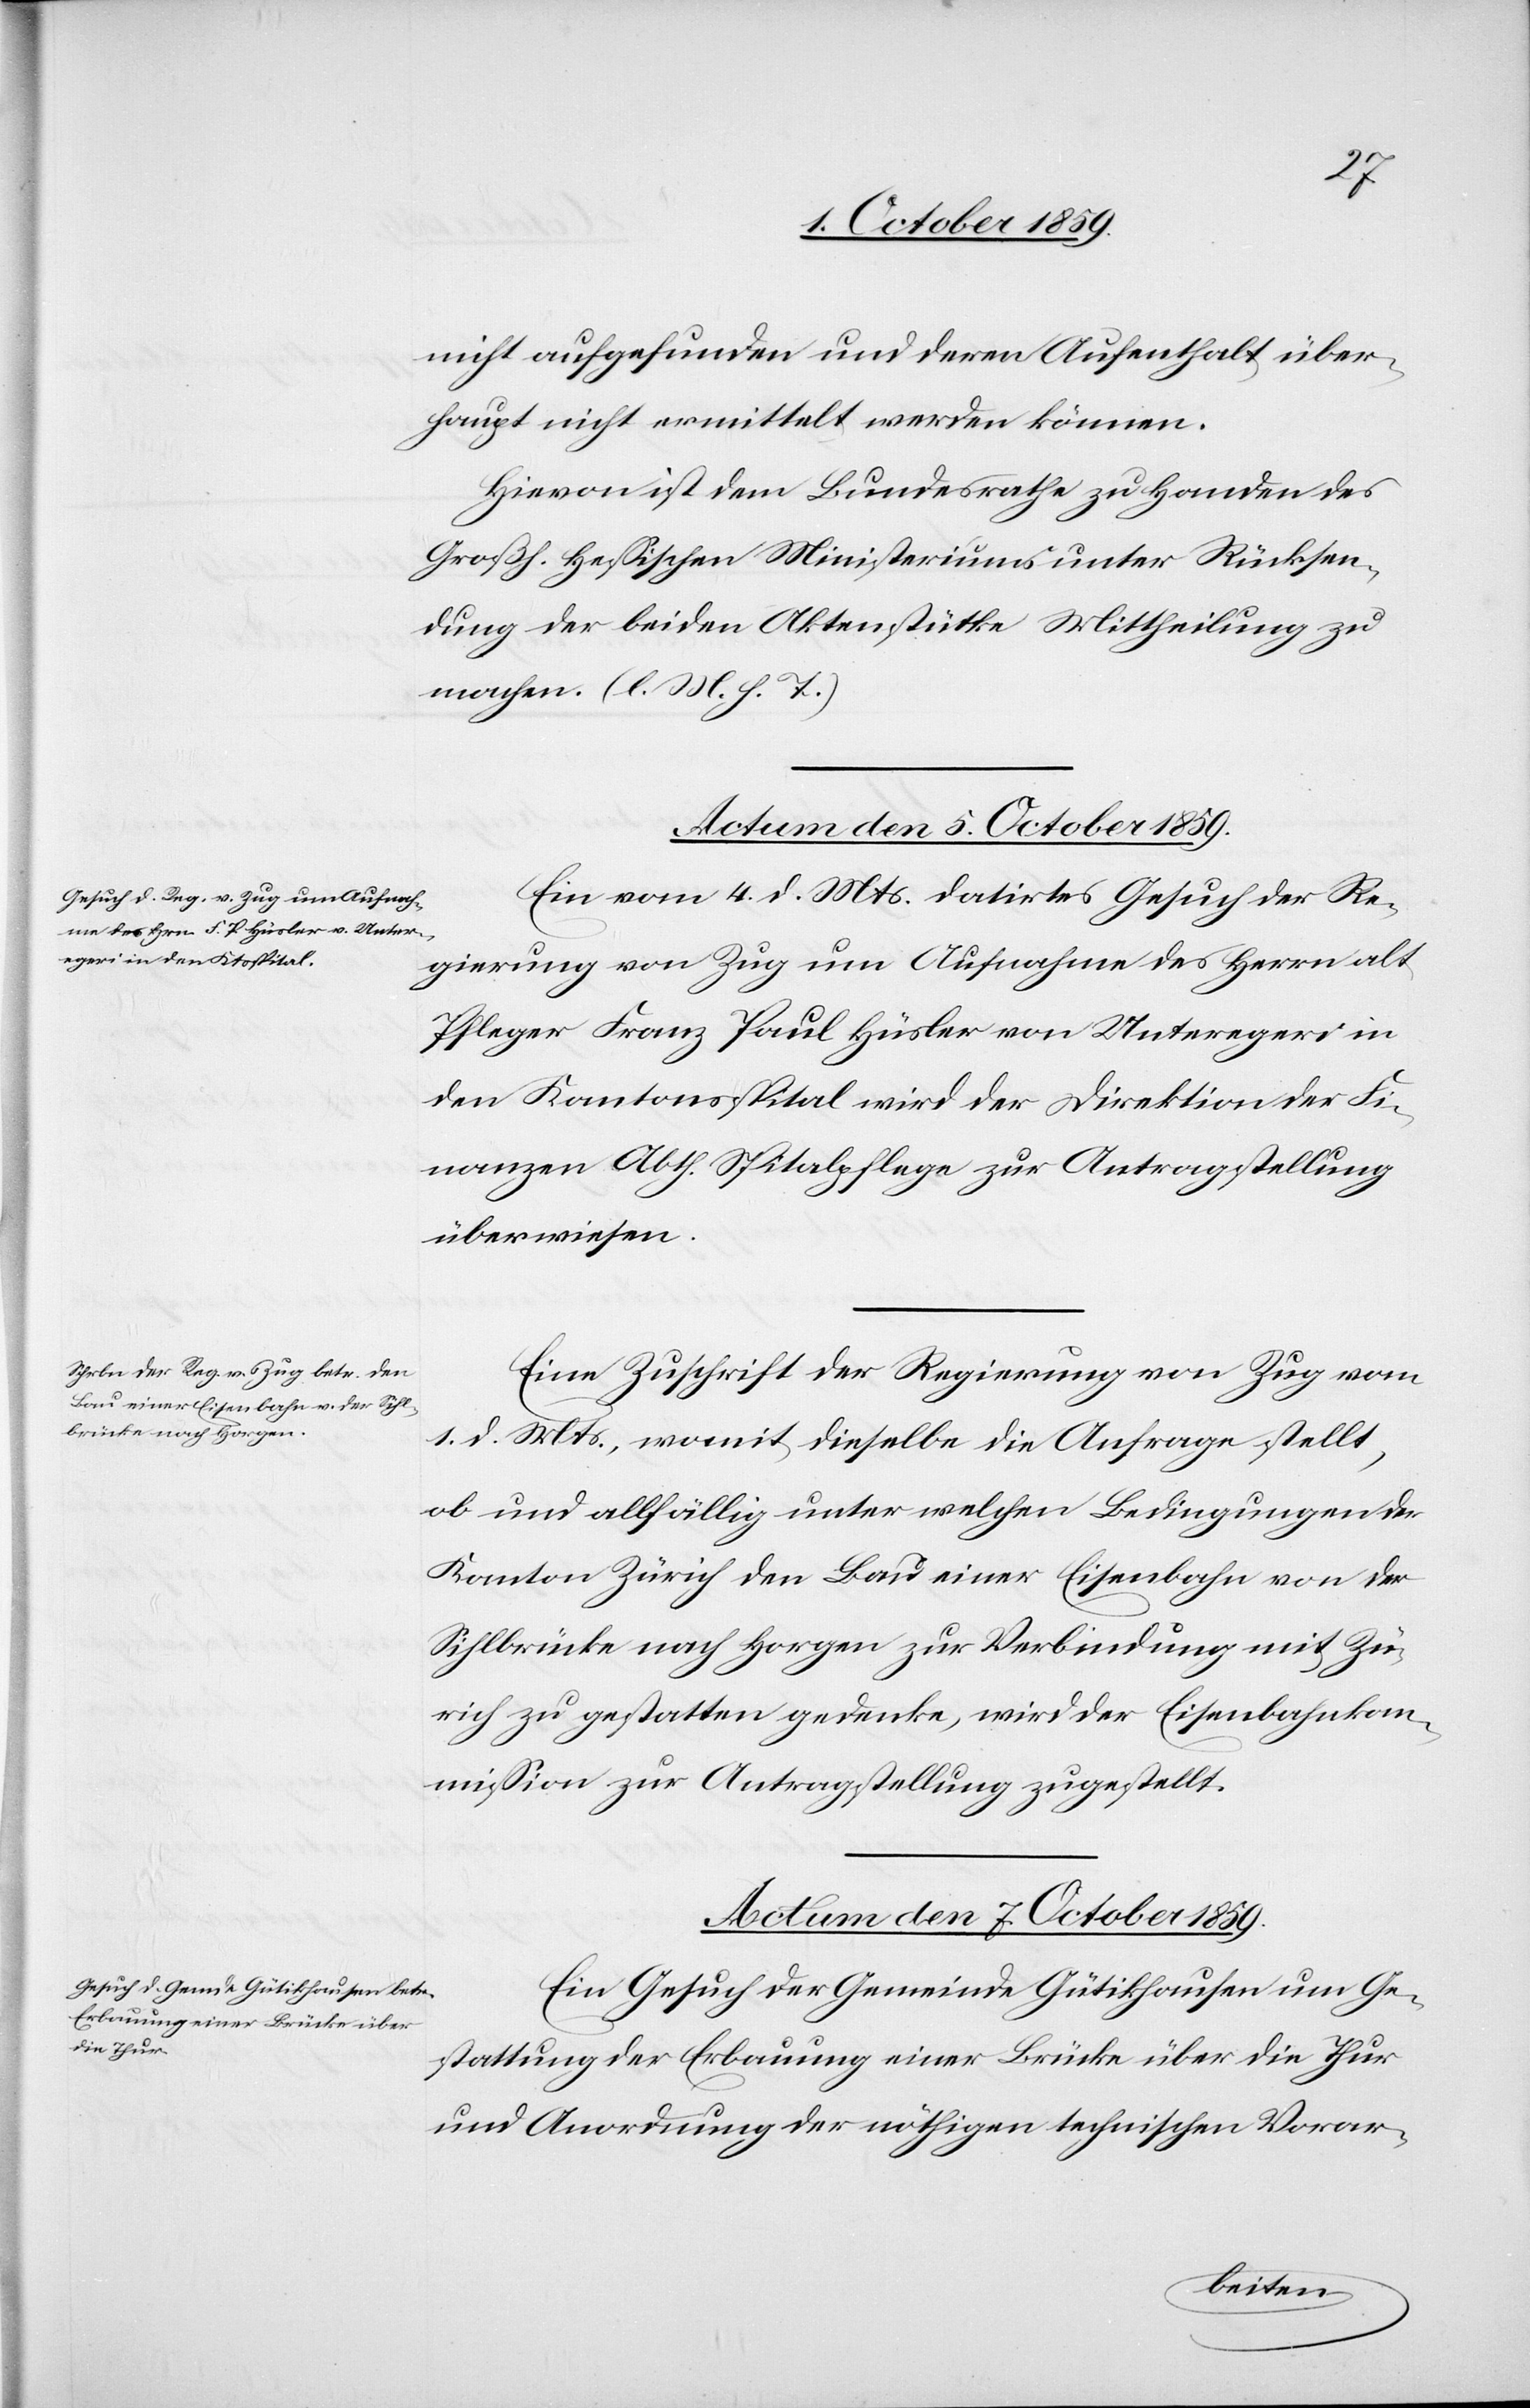
nicht aufgefunden und deren Aufenthalt über¬
haupt nicht ermittelt werden können.
Hievon ist dem Bundesrathe zu Handen des
Großh. Hessischen Ministeriums unter Rücksen¬
dung der beiden Aktenstütke [sic!] Mittheilung zu
machen. (l. M. h. T.)
Actum den 5. October 1859.
Ein vom 4. d. Mts. datirtes Gesuch der Re¬
gierung von Zug um Aufnahme des Herrn alt
Pfleger Franz Paul Hüsler von Unteregeri in
den Kantonsspital wird der Direktion der Fi¬
nanzen Abth. Spitalpflege zur Antragstellung
überwiesen.
Eine Zuschrift der Regierung von Zug vom
1. d. Mts., womit dieselbe die Anfrage stellt,
ob und allfällig unter welchen Bedingungen der
Kanton Zürich den Bau einer Eisenbahn von der
Sihlbrücke nach Horgen zur Verbindung mit Zü¬
rich zu gestatten gedenke, wird der Eisenbahnkom¬
mission zur Antragstellung zugestellt.
Actum den 7. October 1859.
Ein Gesuch der Gemeinde Gütikhausen um Ge¬
stattung der Erbauung einer Brücke über die Thur
und Anordnung der nöthigen technischen Vorar-